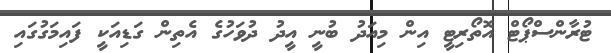
ޓުރާންސްޕޯޓް އޮތޯރިޓީ އިން މިއަދު ބުނީ އީދު ދުވަހުގެ އެތިން ގަޑިއަކީ ފައިމަގުގައި